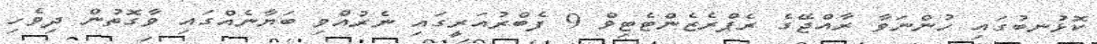
ކޮޅުނބުގައި ހުންނަވާ ރާއްޖޭގެ ރެޕްރެޒެންޓެޓިވް 9 ފެބްރުއަރީގައި ނެރުއްވި ބަޔާނެއްގައި ވާގޮތުން ދިވެހި